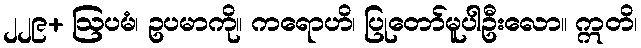
၂၂၉+ ဩပမံ၊ ဥပမာကို။ ကရောဟိ၊ ပြုတော်မူပါဦးလော။ ဣတိ၊